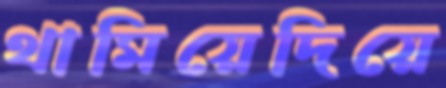
থামিয়েদিয়ে